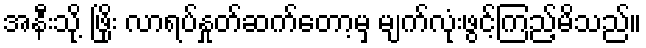
အနီးသို့ ဖြိုး လာရပ်နှုတ်ဆက်တော့မှ မျက်လုံးဖွင့်ကြည့်မိသည်။